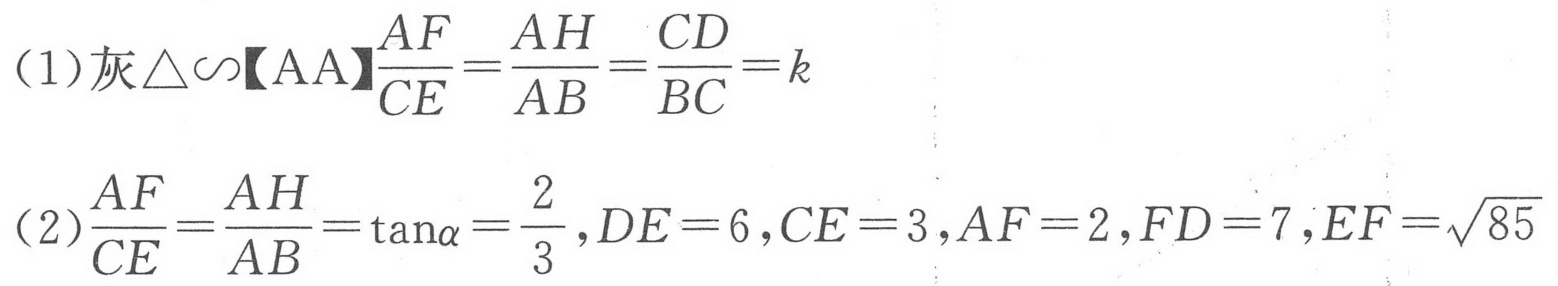
(1) 灰$\triangle\backsim【AA】\dfrac{AF}{CE}=\dfrac{AH}{AB}=\dfrac{CD}{BC}=k$
(2) $\dfrac{AF}{CE}=\dfrac{AH}{AB}=\tan\alpha=\dfrac{2}{3},DE = 6,CE = 3,AF = 2,FD = 7,EF=\sqrt{85}$